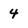
Character: 4